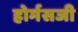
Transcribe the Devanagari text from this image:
होर्मसजी